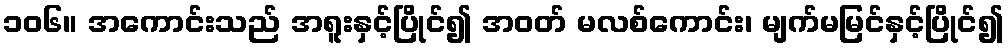
၁၀၆။ အကောင်းသည် အရူးနှင့်ပြိုင်၍ အဝတ် မလစ်ကောင်း၊ မျက်မမြင်နှင့်ပြိုင်၍